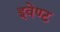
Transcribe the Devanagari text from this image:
इवेण्ट